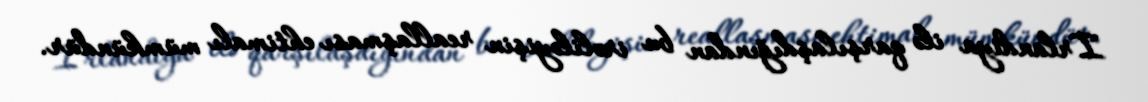
İrlandiya ilə qarşılaşdığından bu irəliləyişin reallaşması ehtimalı mümkündür.